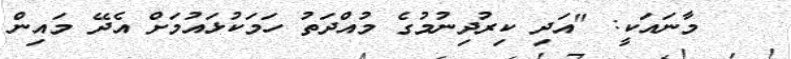
މާނައަކީ: "އަދި ކިރުދިނުމުގެ މުއްދަތު ހަމަކުޅައުމަށް އެދޭ މައިން